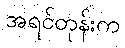
အရင်တုန်းက